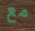
مع